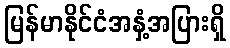
မြန်မာနိုင်ငံအနှံ့အပြားရှိ